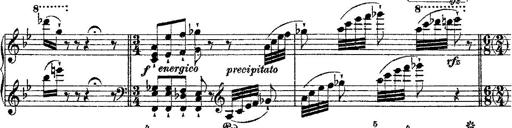
Title: Fantaisie romantique sur deux mÃ©lodies suisses
Composer: Franz Liszt